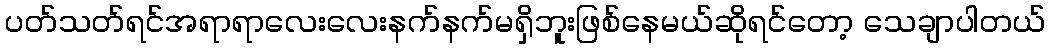
ပတ်သတ်ရင်အရာရာလေးလေးနက်နက်မရှိဘူးဖြစ်နေမယ်ဆိုရင်တော့ သေချာပါတယ်